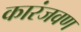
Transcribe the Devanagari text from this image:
कारंजवण